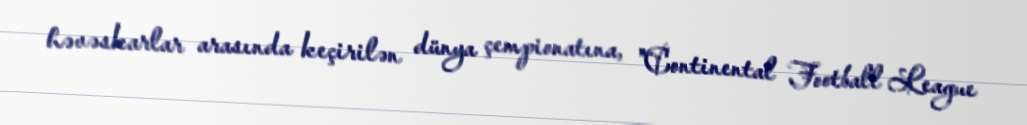
həvəskarlar arasında keçirilən dünya çempionatına, "Continental Football League